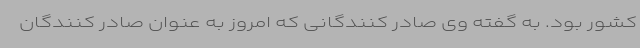
کشور بود. به گفته وی صادر کنندگانی که امروز به عنوان صادر کنندگان